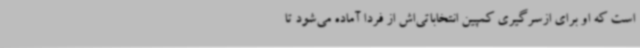
است که او برای ازسرگیری کمپین انتخاباتی‌اش از فردا آماده می‌شود تا